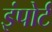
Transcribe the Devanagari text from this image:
इंपोर्ट